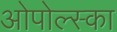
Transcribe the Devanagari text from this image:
ओपोल्स्का